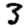
Digit: 3